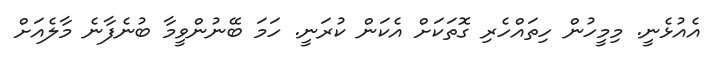
އެއުޅެނީ. މިމީހުން ހިތައްހެރި ގޮތަކަށް އެކަން ކުރަނީ. ހަމަ ބޭނުންވީމާ ބުނެފާނެ މާލެއަށް